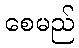
စေမည်